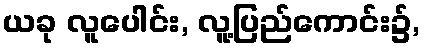
ယခု လူပေါင်း, လူ့ပြည်ကောင်း၌,